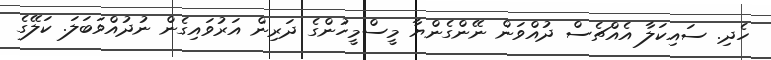
ހެދި. ސައިކަލާ އެއްޗެސް ދުއްވަން ނޭންގެންޔާ މީސްމީހުންގެ ދަރިން އަރުވައިގެން ނުދުއްވަބަލަ. ކަލޭގެ